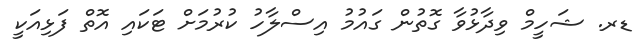
ޑރ. ޝަހީމް ވިދާޅުވާ ގޮތުން ގައުމު އިސްލާހު ކުރުމަށް ޓަކައި އޮތް ފަޅިއަކީ